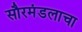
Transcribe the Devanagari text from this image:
सौरमंडलाचा